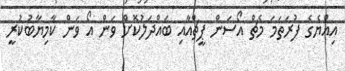
އިއްޔެގެ ފުރަތަމަ މެޗް އޯސަން ޕީޗްއާއި ބައްދަލުކޮށް ވަން އޯ ވަން ކާމިޔާބުކުރީ